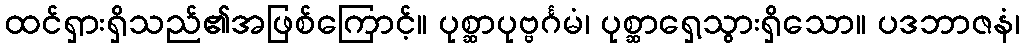
ထင်ရှားရှိသည်၏အဖြစ်ကြောင့်။ ပုစ္ဆာပုဗ္ဗင်္ဂမံ၊ ပုစ္ဆာရှေ့သွားရှိသော။ ပဒဘာဇနံ၊